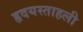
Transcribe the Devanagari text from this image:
हृदयस्ताहली